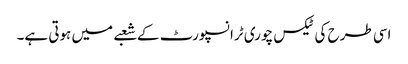
اسی طرح کی ٹیکس چوری ٹرانسپورٹ کے شعبے میں ہوتی ہے۔